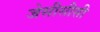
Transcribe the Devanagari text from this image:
जेसीसीसी